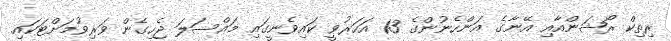
ރިތިކް ރޯޝަންއާއި އޭނާގެ އަންހެނުންގެ 13 އަހަރުވީ ކައިވެނީގައި މައްސަލަ ޖެހިގެން ވަރިވުމަށްޓަކައި